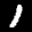
Label: 1